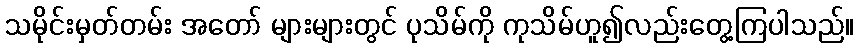
သမိုင်းမှတ်တမ်း အတော် များများတွင် ပုသိမ်ကို ကုသိမ်ဟူ၍လည်းတွေ့ကြပါသည်။